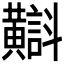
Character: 𪏡